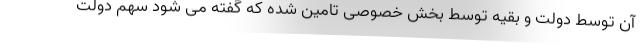
آن توسط دولت و بقیه توسط بخش خصوصی تامین شده که گفته می شود سهم دولت